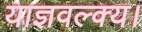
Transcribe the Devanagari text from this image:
याज्ञवल्क्य।